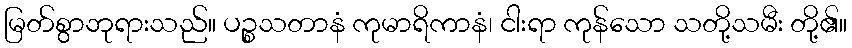
မြတ်စွာဘုရားသည်။ ပဉ္စသတာနံ ကုမာရိကာနံ၊ ငါးရာ ကုန်သော သတို့သမီး တို့၏။